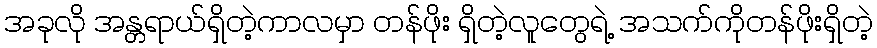
အခုလို အန္တရာယ်ရှိတဲ့ကာလမှာ တန်ဖိုး ရှိတဲ့လူတွေရဲ့ အသက်ကိုတန်ဖိုးရှိတဲ့